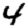
Digit: 4